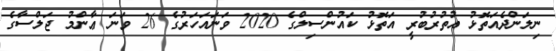
ނިލަންދެއަތޮޅު އުތުރުބުރީ އަތޮޅު ކައުންސިލްގެ 2020 ވަނައަހަރުގެ 26 ވަނަ ޢާންމު ޖަލްސާގެ